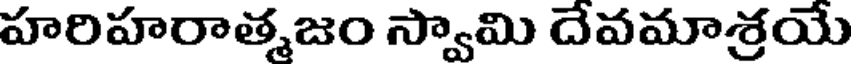
హరిహరాత్మజం స్వామి దేవమాశ్రయే